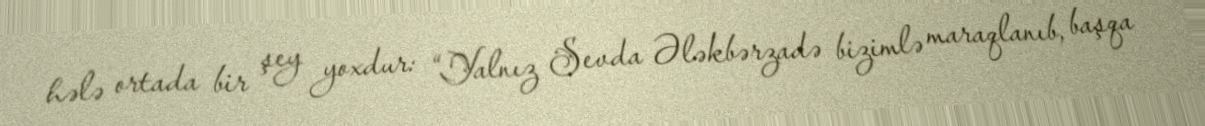
hələ ortada bir şey yoxdur: “Yalnız Sevda Ələkbərzadə bizimlə maraqlanıb, başqa